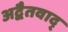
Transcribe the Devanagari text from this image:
अद्वैतवाद्